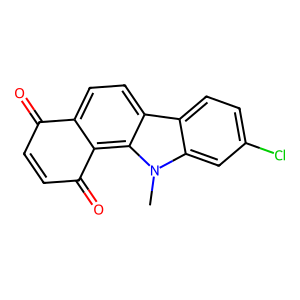
SMILES: Cn1c2cc(Cl)ccc2c2ccc3c(c21)C(=O)C=CC3=O
Inhibits HIV replication: No